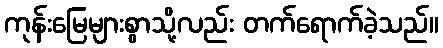
ကုန်းမြေများစွာသို့လည်း တက်ရောက်ခဲ့သည်။